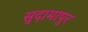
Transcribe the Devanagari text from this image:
सुदामापुर